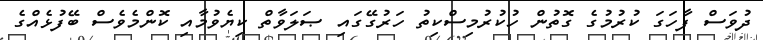
ދުވަސް ފާހަގަ ކުރުމުގެ ގޮތުން ހުކުރުމިސްކިތު ހަރުގޭގައި ޞަލަވާތް ކިޔެވުމާއި ކޮންމެވެސް ބޭފުޅެއްގެ